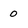
Character: 0